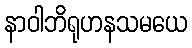
နာဝါဘိရုဟနသမယေ